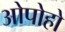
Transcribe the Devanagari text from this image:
ओपोहो